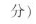
分)